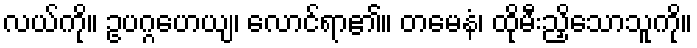
လယ်ကို။ ဥပဂ္ဂဟေယျ၊ လောင်ရာ၏။ တမေနံ၊ ထိုမီးညှိသောသူကို။